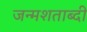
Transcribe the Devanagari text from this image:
जन्‍मशताब्‍दी